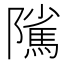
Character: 隲